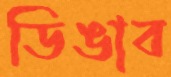
ডিঙাব